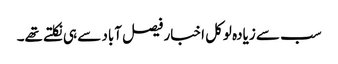
سب سے زیادہ لوکل اخبار فیصل آباد سے ہی نکلتے تھے۔